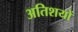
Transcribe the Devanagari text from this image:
अतिशयों